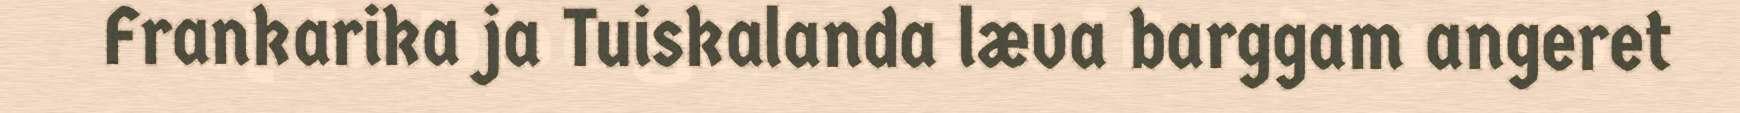
Frankarika ja Tuiskalanda læva barggam angeret